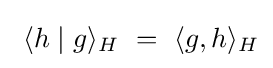
~\langle h\mid g\rangle _{H}~=~\langle g,h\rangle _{H}